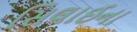
સિલાઈના